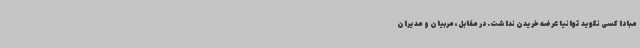
مبادا کسی نگوید توانیا عرضه خریدن نداشت. در مقابل، مربیان و مدیران